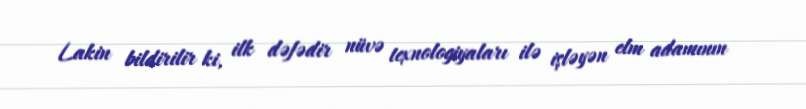
Lakin bildirilir ki, ilk dəfədir nüvə texnologiyaları ilə işləyən elm adamının